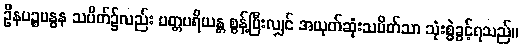
ဦနပဉ္စဗန္ဓန သပိတ်၌လည်း ပတ္တပရိယန္တ စွန့်ပြီးလျှင် အယုတ်ဆုံးသပိတ်သာ သုံးစွဲခွင့်ရသည်။